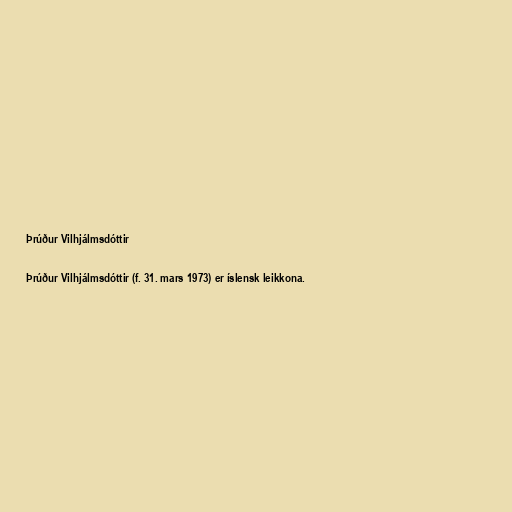
Þrúður Vilhjálmsdóttir

Þrúður Vilhjálmsdóttir (f. 31. mars 1973) er íslensk leikkona.